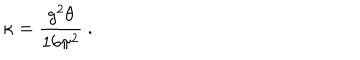
\kappa = { \frac { g ^ { 2 } \theta } { 1 6 \pi ^ { 2 } } } \ .